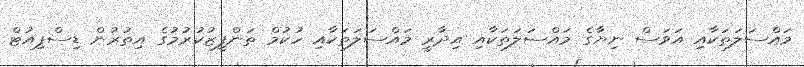
މައްސަލަތަކާއި އަަވަސް ނިޔާގެ މައްސަލަތަކާއި އިދާރީ މައްސަލަތަކާއި ހުކުމް ތަންފީޒުކުރުމުގެ އިތުރުން ޑިސްޕިއުޓް